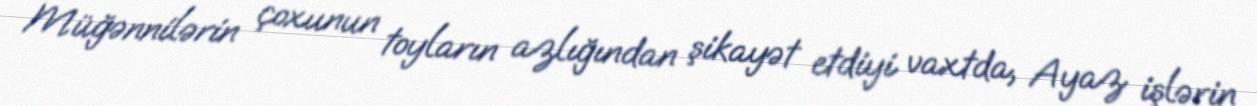
Müğənnilərin çoxunun toyların azlığından şikayət etdiyi vaxtda, Ayaz işlərin